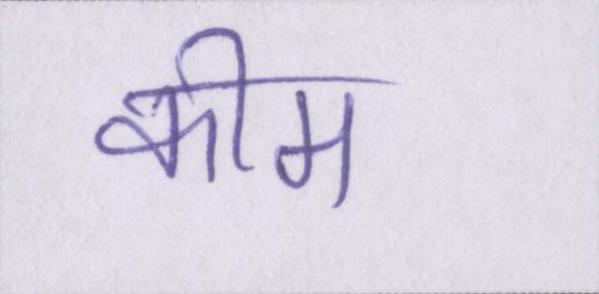
कीम